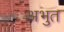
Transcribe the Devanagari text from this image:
अभुत